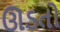
ઊડતો